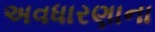
અવધારણાના